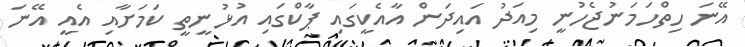
އޭނަ ހިތްހަމަނުޖެހުނީ މިއަދު އައިދަން އާއެކީގައި ޕާކްގައި އުޅުނީތީ ކަމަށާއި އެއީ އޭނަ